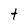
Character: t